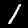
Label: 1